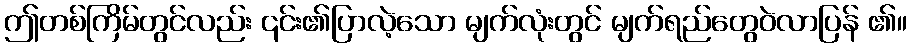
ဤတစ်ကြိမ်တွင်လည်း ၎င်း၏ပြာလဲ့သော မျက်လုံးတွင် မျက်ရည်တွေဝဲလာပြန် ၏။